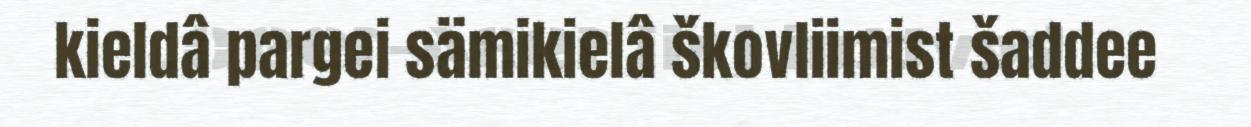
kieldâ pargei sämikielâ škovliimist šaddee